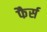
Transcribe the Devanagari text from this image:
फैर्स